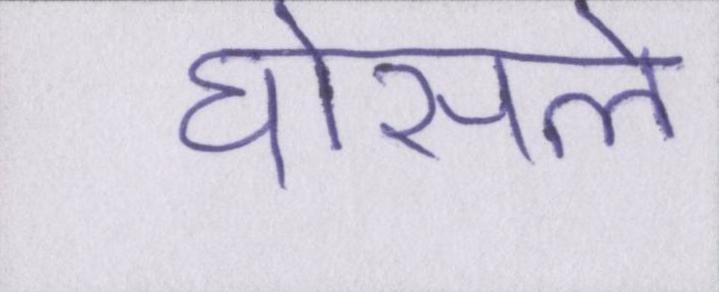
घोसले